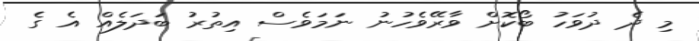
މި ދެ ދުވަހު ބޯކޮށް ވާރޭވެހުނު ނަމަވެސް އިތުރު ބަދަލެއް އެ ގެ